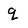
Character: q